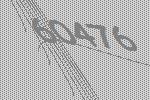
60476